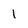
Character: 1